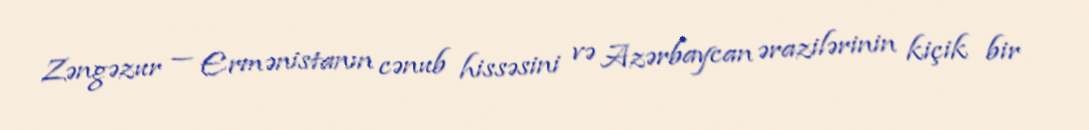
Zəngəzur — Ermənistanın cənub hissəsini və Azərbaycan ərazilərinin kiçik bir